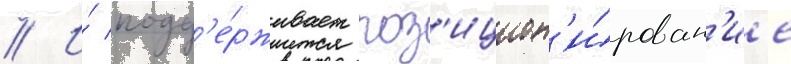
// И́ подд'е́рживает поз'ицион'и́рован'ие